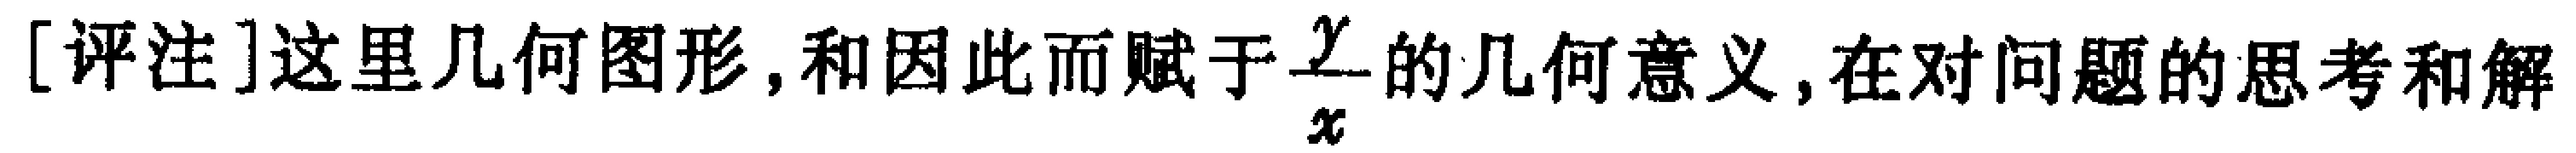
[评注]这里几何图形, 和因此而赋于$\frac{y}{x}$的几何意义, 在对问题的思考和解